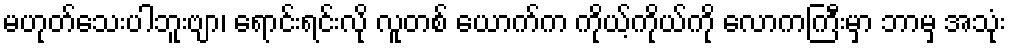
မဟုတ်သေးပါဘူးဗျာ၊ ရောင်းရင်းလို လူတစ် ယောက်က ကိုယ့်ကိုယ်ကို လောကကြီးမှာ ဘာမှ အသုံး